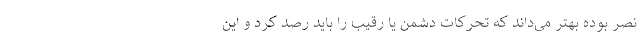
نصر بوده بهتر می‌داند که تحرکات دشمن یا رقیب را باید رصد کرد و این